Report of the Indian Hemp Drugs Commission, 1894-1895 - Volume IV
Year: 1894
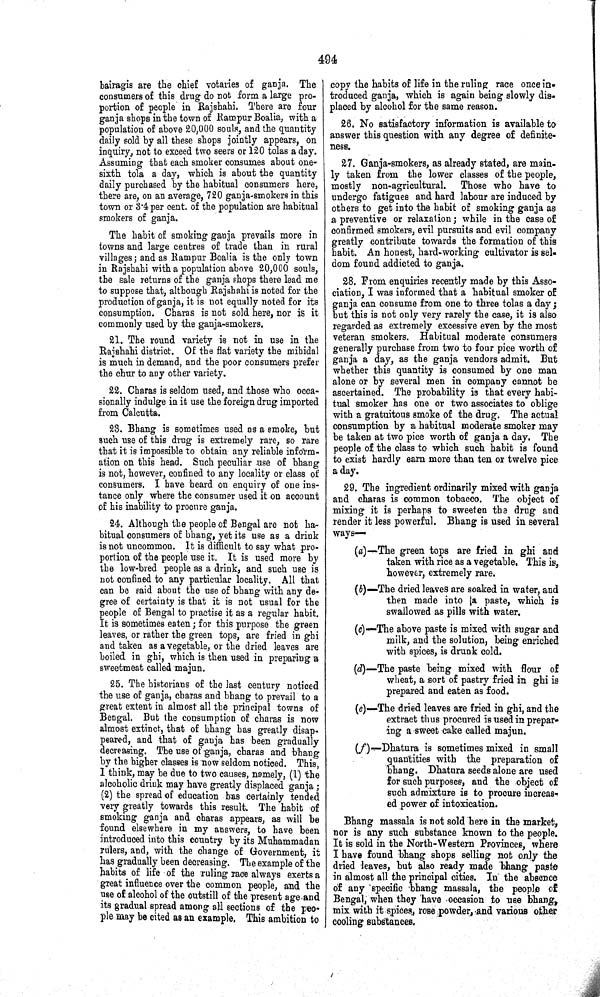
494
bairagis are the chief votaries of ganja. The
consumers of this drug do not form a large pro-
portion of people in Rajshahi. There are four
ganja shops in the town of Rampur Boalia, with a
population of above 20,000 souls, and the quantity
daily sold by all these shops jointly appears, on
inquiry, not to exceed two seers or 120 tolas a day.
Assuming that each smoker consumes about one-
sixth tola a day, which is about the quantity
daily purchased by the habitual consumers here,
there are, on an average, 720 ganja-smokers in this
town or 3.4 per cent. of the population are habitual
smokers of ganja.
The habit of smoking ganja prevails more in
towns and large centres of trade than in rural
villages; and as Rampur Boalia is the only town
in Rajshahi with a population above 20,000 souls,
the sale returns of the ganja shops there lead me
to suppose that, although Rajshahi is noted for the
production of ganja, it is not equally noted for its
consumption. Charas is not sold here, nor is it
commonly used by the ganja-smokers.
21. The round variety is not in use in the
Rajshahi district. Of the flat variety the mihidal
is much in demand, and the poor consumers prefer
the chur to any other variety.
22. Charas is seldom used, and those who occa-
sionally indulge in it use the foreign drug imported
from Calcutta.
23. Bhang is sometimes used as a smoke, but
such use of this drug is extremely rare, so rare
that it is impossible to obtain any reliable inform-
ation on this head. Such peculiar use of bhang
is not, however, confined to any locality or class of
consumers. I have heard on enquiry of one ins-
tance only where the consumer used it on account
of his inability to procure ganja.
24. Although the people of Bengal are not ha-
bitual consumers of bhang, yet its use as a drink
is not uncommon. It is difficult to say what pro-
portion of the people use it. It is used more by
the low-bred people as a drink, and such use is
not confined to any particular locality. All that
can be said about the use of bhang with any de-
gree of certainty is that it is not usual for the
people of Bengal to practise it as a regular habit.
It is sometimes eaten; for this purpose the green
leaves, or rather the green tops, are fried in ghi
and taken as a vegetable, or the dried leaves are
boiled in ghi, which is then used in preparing a
sweetmeat called majun.
25. The historians of the last century noticed
the use of ganja, charas and bhang to prevail to a
great extent in almost all the principal towns of
Bengal. But the consumption of charas is now
almost extinct, that of bhang has greatly disap-
peared, and that of ganja has been gradually
decreasing. The use of ganja, charas and bhang
by the higher classes is now seldom noticed. This,
I think, may be due to two causes, namely, (1) the
alcoholic drink may have greatly displaced ganja;
(2) the spread of education has certainly tended
very greatly towards this result. The habit of
smoking ganja and charas appears, as will be
found elsewhere in my answers, to have been
introduced into this country by its Muhammadan
rulers, and, with the change of Government, it
has gradually been decreasing. The example of the
habits of life of the ruling race always exerts a
great influence over the common people, and the
use of alcohol of the outstill of the present age and
its gradual spread among all sections of the peo-
ple may be cited as an example. This ambition to
copy the habits of life in the ruling race once in-
troduced ganja, which is again being slowly dis-
placed by alcohol for the same reason.
26. No satisfactory information is available to
answer this question with any degree of definite-
ness.
27. Ganja-smokers, as already stated, are main-
ly taken from the lower classes of the people,
mostly non-agricultural.
Those who have to
undergo fatigues and hard labour are induced by
others to get into the habit of smoking ganja as
a preventive or relaxation; while in the case of
confirmed smokers, evil pursuits and evil company
greatly contribute towards the formation of this
habit. An honest, hard-working cultivator is sel-
dom found addicted to ganja.
28. From enquiries recently made by this Asso-
ciation, I was informed that a habitual smoker of
ganja can consume from one to three tolas a day;
but this is not only very rarely the case, it is also
regarded as extremely excessive even by the most
veteran smokers. Habitual moderate consumers
generally purchase from two to four pice worth of
ganja a day, as the ganja vendors admit. But
whether this quantity is consumed by one man
alone or by several men in company cannot be
ascertained. The probability is that every habi-
tual smoker has one or two associates to oblige
with a gratuitous smoke of the drug. The actual
consumption by a habitual moderate smoker may
be taken at two pice worth of ganja a day. The
people of the class to which such habit is found
to exist hardly earn more than ten or twelve pice
a day.
29. The ingredient ordinarily mixed with ganja
and charas is common tobacco. The object of
mixing it is perhaps to sweeten the drug and
render it less powerful. Bhang is used in several
ways—
(a)—The green tops are fried in ghi and
taken with rice as a vegetable. This is,
however, extremely rare.
(b)— The dried leaves are soaked in water, and
then made into [a paste, which is
swallowed as pills with water.
(c)—The above paste is mixed with sugar and
milk, and the solution, being enriched
with spices, is drunk cold.
(d)—The paste being mixed with flour of
wheat, a sort of pastry fried in ghi is
prepared and eaten as food.
(e)—The dried leaves are fried in ghi, and the
extract thus procured is used in prepar-
ing a sweet cake called majun.
(f)—Dhatura is sometimes mixed in small
quantities with the preparation of
bhang. Dhatura seeds alone are used
for such purposes, and the object of
such admixture is to procure increas-
ed power of intoxication.
Bhang massala is not sold here in the market,
nor is any such substance known to the people.
It is sold in the North-Western Provinces, where
I have found bhang shops selling not only the
dried leaves, but also ready made bhang paste
in almost all the principal cities. In the absence
of any specific bhang massala, the people of
Bengal, when they have occasion to use bhang,
mix with it spices, rose powder, and various other
cooling substances.